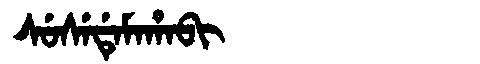
Manchu: ᠰᡠᠰᡝᡩᡝᠮᠠᡥᠠᠪᡳ
Romanization: SUSEDEMAHABI